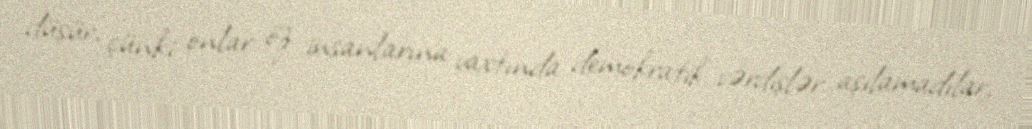
düşür, çünki onlar öz insanlarına vaxtında demokratik vərdişlər aşılamadılar,